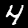
Digit: 4